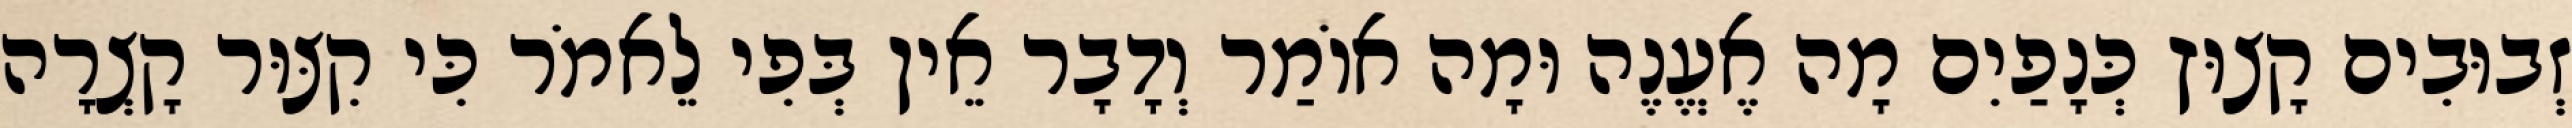
זְבוּבִים קָצוּץ כְּנָפַיִם מָה אֶעֱנֶה וּמָה אוֹמַר וְדָבָר אֵין בְּפִי לֵאמֹר כִּי קִצּוּר קָצְרָה